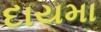
દાયમા